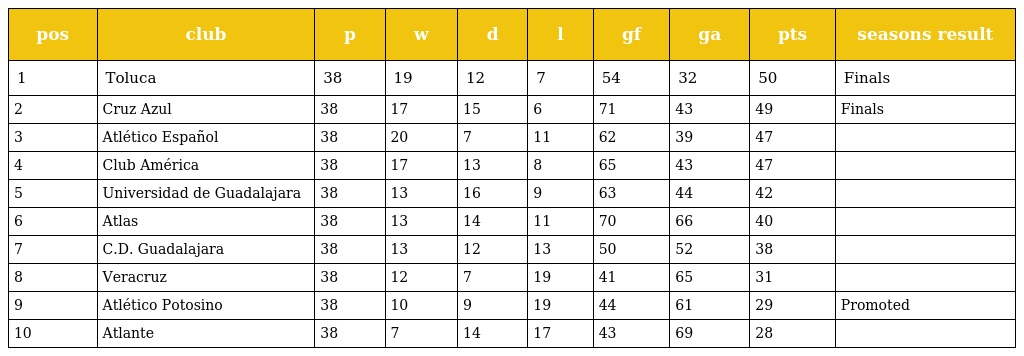
| pos | club | p | w | d | l | gf | ga | pts | seasons result |
 | --- | --- | --- | --- | --- | --- | --- | --- | --- | --- |
 | 1 | Toluca | 38 | 19 | 12 | 7 | 54 | 32 | 50 | Finals |
 | 2 | Cruz Azul | 38 | 17 | 15 | 6 | 71 | 43 | 49 | Finals |
 | 3 | Atlético Español | 38 | 20 | 7 | 11 | 62 | 39 | 47 |  |
 | 4 | Club América | 38 | 17 | 13 | 8 | 65 | 43 | 47 |  |
 | 5 | Universidad de Guadalajara | 38 | 13 | 16 | 9 | 63 | 44 | 42 |  |
 | 6 | Atlas | 38 | 13 | 14 | 11 | 70 | 66 | 40 |  |
 | 7 | C.D. Guadalajara | 38 | 13 | 12 | 13 | 50 | 52 | 38 |  |
 | 8 | Veracruz | 38 | 12 | 7 | 19 | 41 | 65 | 31 |  |
 | 9 | Atlético Potosino | 38 | 10 | 9 | 19 | 44 | 61 | 29 | Promoted |
 | 10 | Atlante | 38 | 7 | 14 | 17 | 43 | 69 | 28 |  |